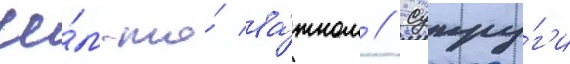
че́м-то́ ва́жном // Супру́г'и